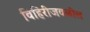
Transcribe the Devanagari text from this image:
विहिरीजवळील